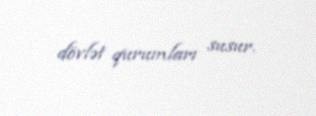
dövlət qurumları susur.